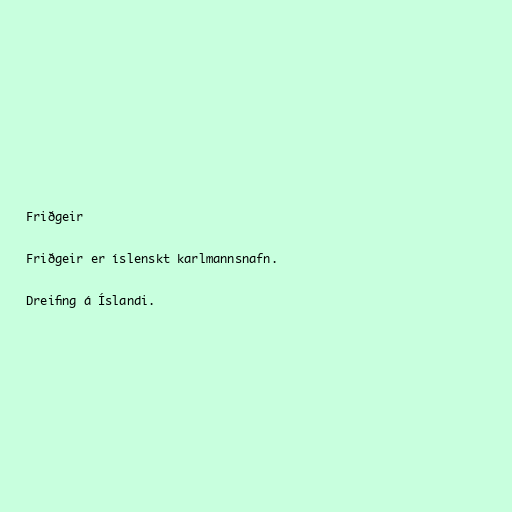
Friðgeir

Friðgeir er íslenskt karlmannsnafn.

Dreifing á Íslandi.